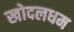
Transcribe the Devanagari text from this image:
खोदलधम